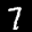
Label: 7